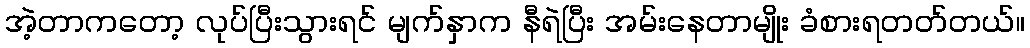
အဲ့တာကတော့ လုပ်ပြီးသွားရင် မျက်နှာက နီရဲပြီး အမ်းနေတာမျိုး ခံစားရတတ်တယ်။